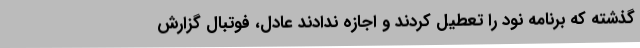
گذشته که برنامه نود را تعطیل کردند و اجازه ندادند عادل، فوتبال گزارش